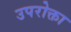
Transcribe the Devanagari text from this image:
उपरोक्ता